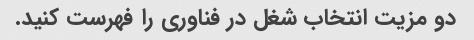
دو مزیت انتخاب شغل در فناوری را فهرست کنید.